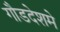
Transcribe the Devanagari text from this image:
गौडदेशमे